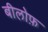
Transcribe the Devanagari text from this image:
बीलोफ़